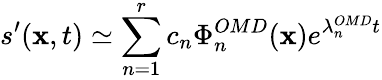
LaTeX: s^{\prime}(\textbf{x},t)\simeq\sum_{n=1}^{r}c_{n}\Phi_{n}^{OMD}(\textbf{x})e^{\lambda_{n}^{OMD}t}